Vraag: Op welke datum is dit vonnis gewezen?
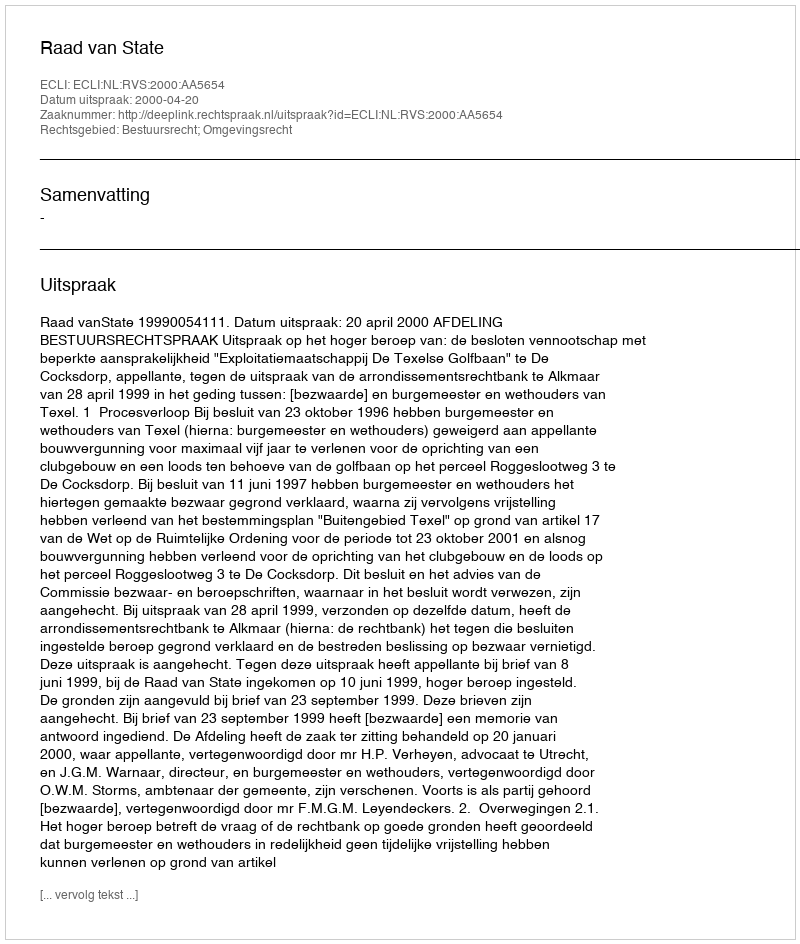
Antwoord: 2000-04-20